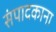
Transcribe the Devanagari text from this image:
संपादकाना